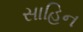
સાહિન